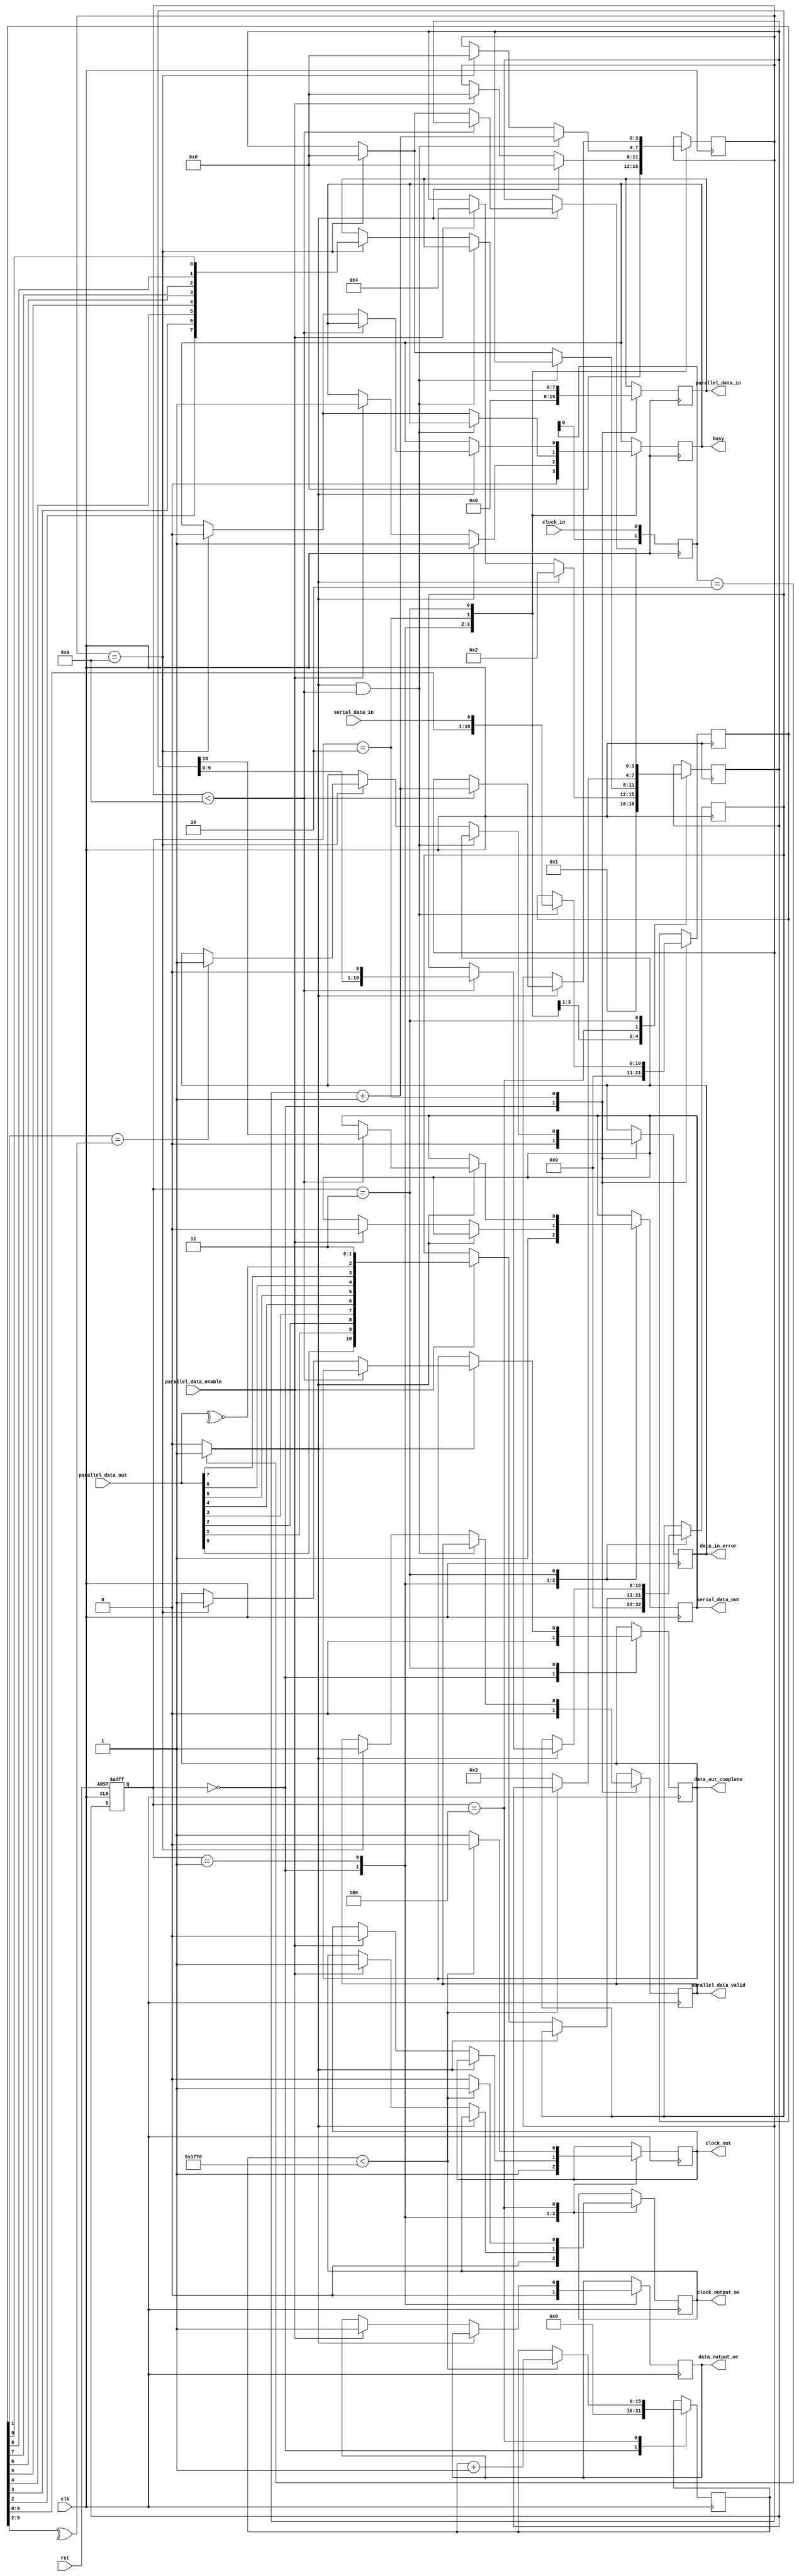
`timescale 1ns / 1ps
//////////////////////////////////////////////////////////////////////////////////
// Company: 
// Engineer: 
// 
// Design Name: 
// Module Name: ps2_transmitter
// Project Name: 
// Target Devices: 
// Tool Versions: 
// Description: 
// 
// Dependencies: 
// 
// Revision:
// Revision 0.01 - File Created
// Additional Comments:
// 
//////////////////////////////////////////////////////////////////////////////////


module ps2_transmitter(
    input            clk,
    input            rst,
    
    // ports for input data
    input            clock_in,           // connected to usb clock input signal
    input            serial_data_in,     // connected to usb data input signal
    output reg [7:0] parallel_data_in,   // 8-bit input data buffer, from the USB interface
    output reg       parallel_data_valid,// indicate the input data is ready or not
    output reg       data_in_error,      // reading error when the odd parity is not matched
    
    // ports for output date
    output reg       clock_out,           // connected to usb clock output signal
    output reg       serial_data_out,     // connected to usb data output signal
    input      [7:0] parallel_data_out,   // 8-bit output data buffer, to the USB interface
    input            parallel_data_enable,// control signal to start a writing process
    output reg       data_out_complete,
    
    output reg       busy,                // indicate the transmitter is busy
    output reg       clock_output_oe,     // clock output enable
    output reg       data_output_oe       // data output enable
);
// State machine
parameter [3:0] IDLE = 4'd0;
parameter [3:0] WAIT_IO = 4'd1;
parameter [3:0] DATA_IN = 4'd2;
parameter [3:0] DATA_OUT = 4'd3;
parameter [3:0] INITIALIZE = 4'd4;

reg  [3:0]  state;
reg  [3:0]  next_state;

// Parallel data buffer
reg  [10:0] data_out_buf;
reg  [10:0] data_in_buf;
reg  [3:0]  data_count;

// Counter for clock and data output
reg  [15:0] clock_count;
// Used to detect the falling edge of clock_in, to see if there is anything coming in
// If data coming in, then we cannot start writing data out
reg  [1:0]  clock_in_delay;
wire        clock_in_negedge;
always @(posedge clk) begin
    clock_in_delay <= {clock_in_delay[0], clock_in};
end
assign clock_in_negedge = (clock_in_delay == 2'b10) ? 1'b1 : 1'b0;
always @(posedge clk or posedge rst) begin
    if(rst) begin
        state <= IDLE;
    end
    else begin
        state <= next_state;
    end
end

always @(posedge clk) begin
    case(state)
    IDLE: begin
        next_state <= WAIT_IO;
        clock_output_oe <= 1'b0;
        data_output_oe <= 1'b0;
        data_in_error <= 1'b0;
        data_count <= 4'd0;
        busy <= 1'b0;
        parallel_data_valid <= 1'b0;
        clock_count <= 16'd0;
        data_in_buf <= 11'h0;
        data_out_buf <= 11'h0;
        clock_out <= 1'b1;
        serial_data_out <= 1'b1;
        data_out_complete <= 1'b0;
        parallel_data_in <= 8'h00;
    end
    // If the clock is driven low by mouse, then start reading
    // If need to send data, and not in data reading mode, then start sending
    // Indicate busy when leaving this state
    WAIT_IO: begin
        if(clock_in_negedge) begin  // input data detected, and the start bit is ignored
            next_state <= DATA_IN;
            busy <= 1'b1;
            data_count <= 4'd0;
        end
        else if(parallel_data_enable) begin // output data enable detected, and send out the start bit right here
            next_state <= INITIALIZE;
            busy <= 1'b1;
            data_count <= 4'd0;
            clock_output_oe <= 1'b1;
            clock_out <= 1'b0;  // drive low for about 60us to initialize output
            data_out_buf <= {parallel_data_out[0],parallel_data_out[1],parallel_data_out[2],parallel_data_out[3],
                             parallel_data_out[4],parallel_data_out[5],parallel_data_out[6],parallel_data_out[7],
                             ~^(parallel_data_out), 2'b11};
            data_output_oe <= 1'b1;
            serial_data_out <= 1'b0;
        end
    end
    // After the start bit, detect 10 falling edge on clock pin, and shift record the data
    // When finish, invert the byte and send out parallel data
    DATA_IN: begin
        if(clock_in_negedge && (data_count < 4'd10)) begin
            data_in_buf <= {data_in_buf[9:0], serial_data_in};
            data_count <= data_count + 4'd1;
        end
        else if(data_count == 4'd10) begin
            next_state <= IDLE;
            data_count <= 4'd0;
            busy <= 1'b0;
            parallel_data_valid <= 1'b1;
            parallel_data_in <= {data_in_buf[2],data_in_buf[3],data_in_buf[4],data_in_buf[5],
                                 data_in_buf[6],data_in_buf[7],data_in_buf[8],data_in_buf[9]};
            if(data_in_buf[1] == ^(data_in_buf[9:2])) begin
                data_in_error <= 1'b1;
            end
        end
    end
    // Before sending, need to drive the clock and data low for about 60us, clock will go back to high after 60us
    INITIALIZE : begin
        if(clock_count < 16'd6000) begin
            clock_count <= clock_count + 16'd1;
            clock_output_oe <= 1'b1;
            clock_out <= 1'b0;
        end
        else begin
            next_state <= DATA_OUT;
            clock_output_oe <= 1'b0;
            clock_out <= 1'b1;
        end
    end
    // Mouse will drive the clock again, wait and detect 10 falling edge clock to send out the reset data
    DATA_OUT : begin
        if(clock_in_negedge) begin
            if(data_count < 4'd10) begin
                data_count <= data_count + 4'd1;
                serial_data_out <= data_out_buf[10];
                data_out_buf <= {data_out_buf[9:0], 1'b0};
            end
            else if(data_count == 4'd10) begin
                data_out_complete <= 1'b1;
                next_state <= IDLE;
                busy <= 1'b0;
            end
        end
    end
    endcase
end

endmodule